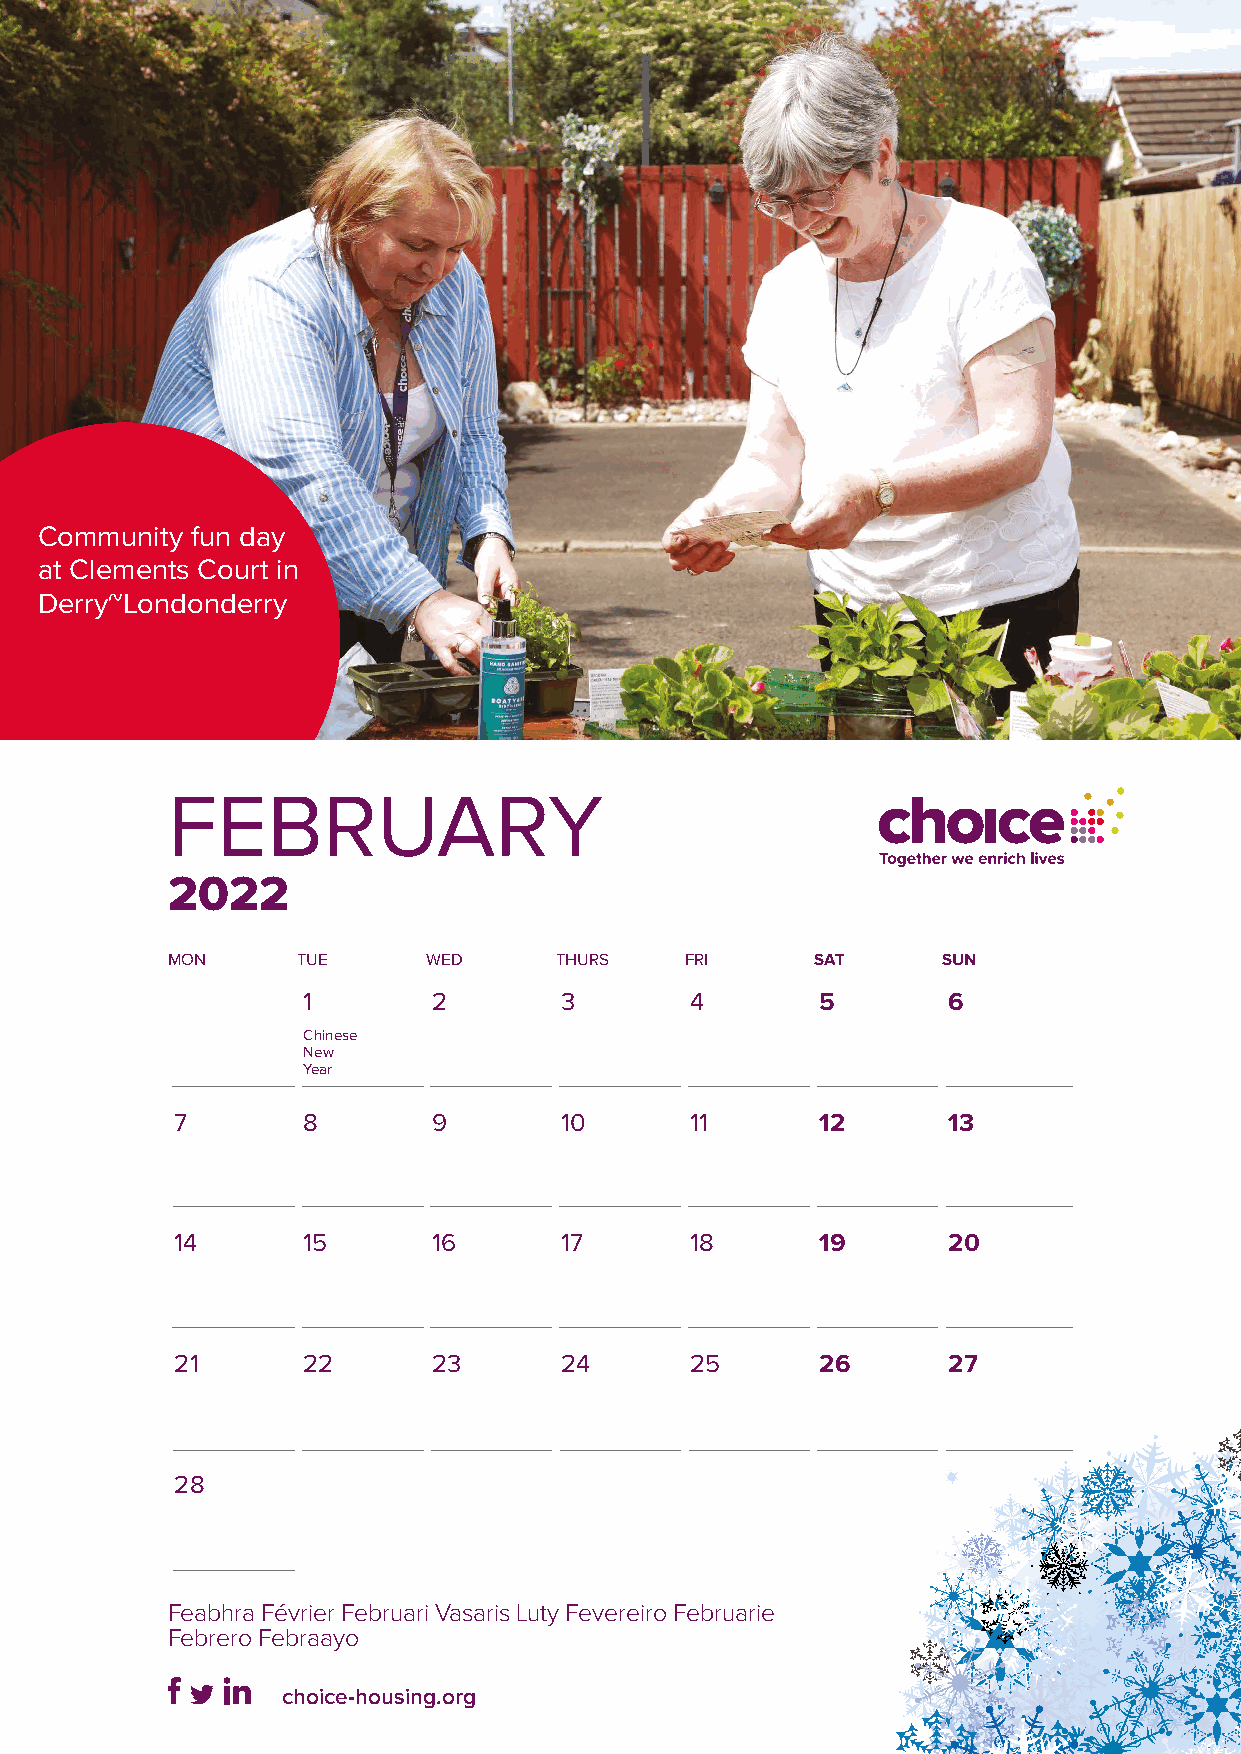
Community fun day
 at Clements Court in
 Derry~Londonderry
 FEBRUARY
 2022
 MON      TUE     WED      THURS   FRI      SAT     SUN
 1        2       3        4       5        6
 Chinese
 New
 Year
 7       8        9       10       11      12       13
 14      15       16      17       18      19       20
 21      22       23      24       25      26       27
 28
 Feabhra Février Februari Vasaris Luty Fevereiro Februarie
 Febrero Febraayo
 choice-housing.org